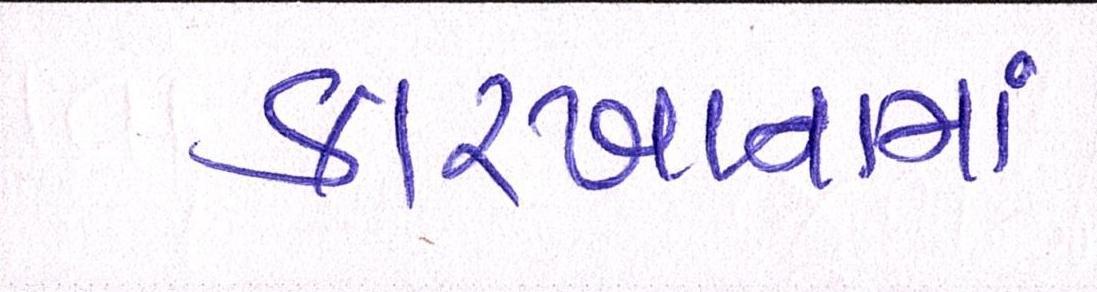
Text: કારખાનામાં